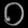
Digit: ၀